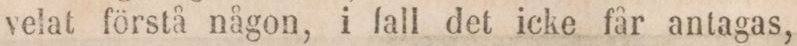
velat förstå någon, i fall det icke får antagas,